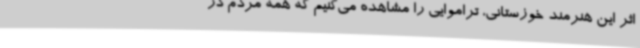
اثر این هنرمند خوزستانی، تراموایی را مشاهده می‌کنیم که همه مردم در